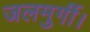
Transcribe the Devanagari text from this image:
जलमुर्गी।